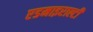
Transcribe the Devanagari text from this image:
एडमाइराल्टी